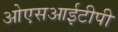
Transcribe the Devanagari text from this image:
ओएसआईटीपी